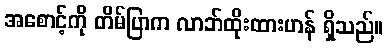
အစောင့်ကို တိမ်ပြာက လာဘ်ထိုးထားဟန် ရှိသည်။